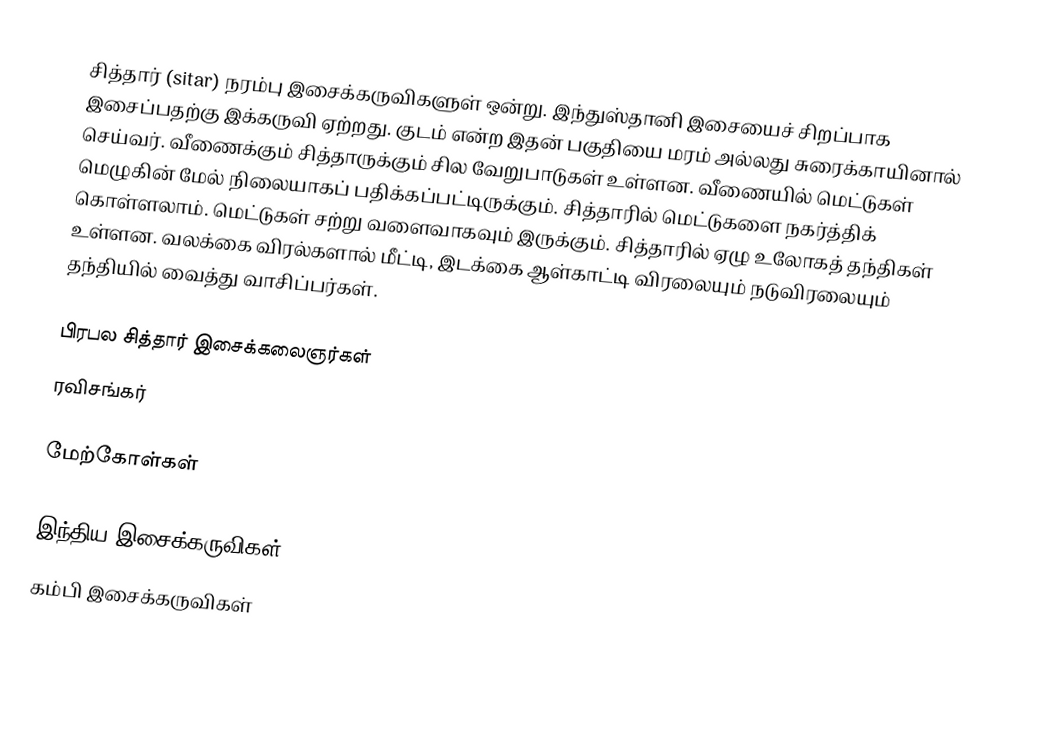
சித்தார் (sitar) நரம்பு இசைக்கருவிகளுள் ஒன்று. இந்துஸ்தானி இசையைச் சிறப்பாக இசைப்பதற்கு இக்கருவி ஏற்றது. குடம் என்ற இதன் பகுதியை மரம் அல்லது சுரைக்காயினால் செய்வர். வீணைக்கும் சித்தாருக்கும் சில வேறுபாடுகள் உள்ளன. வீணையில் மெட்டுகள் மெழுகின் மேல் நிலையாகப் பதிக்கப்பட்டிருக்கும். சித்தாரில் மெட்டுகளை நகர்த்திக் கொள்ளலாம். மெட்டுகள் சற்று வளைவாகவும் இருக்கும். சித்தாரில் ஏழு உலோகத் தந்திகள் உள்ளன. வலக்கை விரல்களால் மீட்டி, இடக்கை ஆள்காட்டி விரலையும் நடுவிரலையும் தந்தியில் வைத்து வாசிப்பர்கள்.

பிரபல சித்தார் இசைக்கலைஞர்கள்
 ரவிசங்கர்

மேற்கோள்கள்

இந்திய இசைக்கருவிகள்
கம்பி இசைக்கருவிகள்